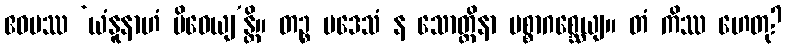
ဧဝမဿ ‘ယံနူနာဟံ ပိဝေယျ’န္တိ။ တဉ္စ ပဒေသံ န သောတ္ထိနာ ပစ္စာဂစ္ဆေယျ။ တံ ကိဿ ဟေတု?